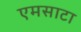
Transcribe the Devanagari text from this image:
एमसाटा